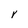
Character: Y